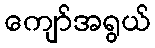
ကျော်အရွယ်